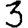
Digit: 3